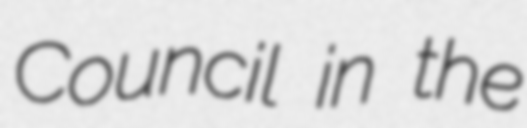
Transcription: Council in the